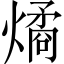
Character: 燏